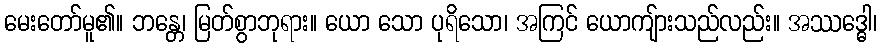
မေးတော်မူ၏။ ဘန္တေ၊ မြတ်စွာဘုရား။ ယော သော ပုရိသော၊ အကြင် ယောကျ်ားသည်လည်း။ အဿဒ္ဓေါ၊